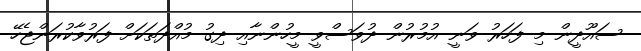
ސައޫދީން މި ފަހަރު ވަނީ އުމުރުން ދުވަސްވީ މީހުންނާއި ދިގު މުއްދަތަކަށް ފަރުވާކުރަންޖެހޭ